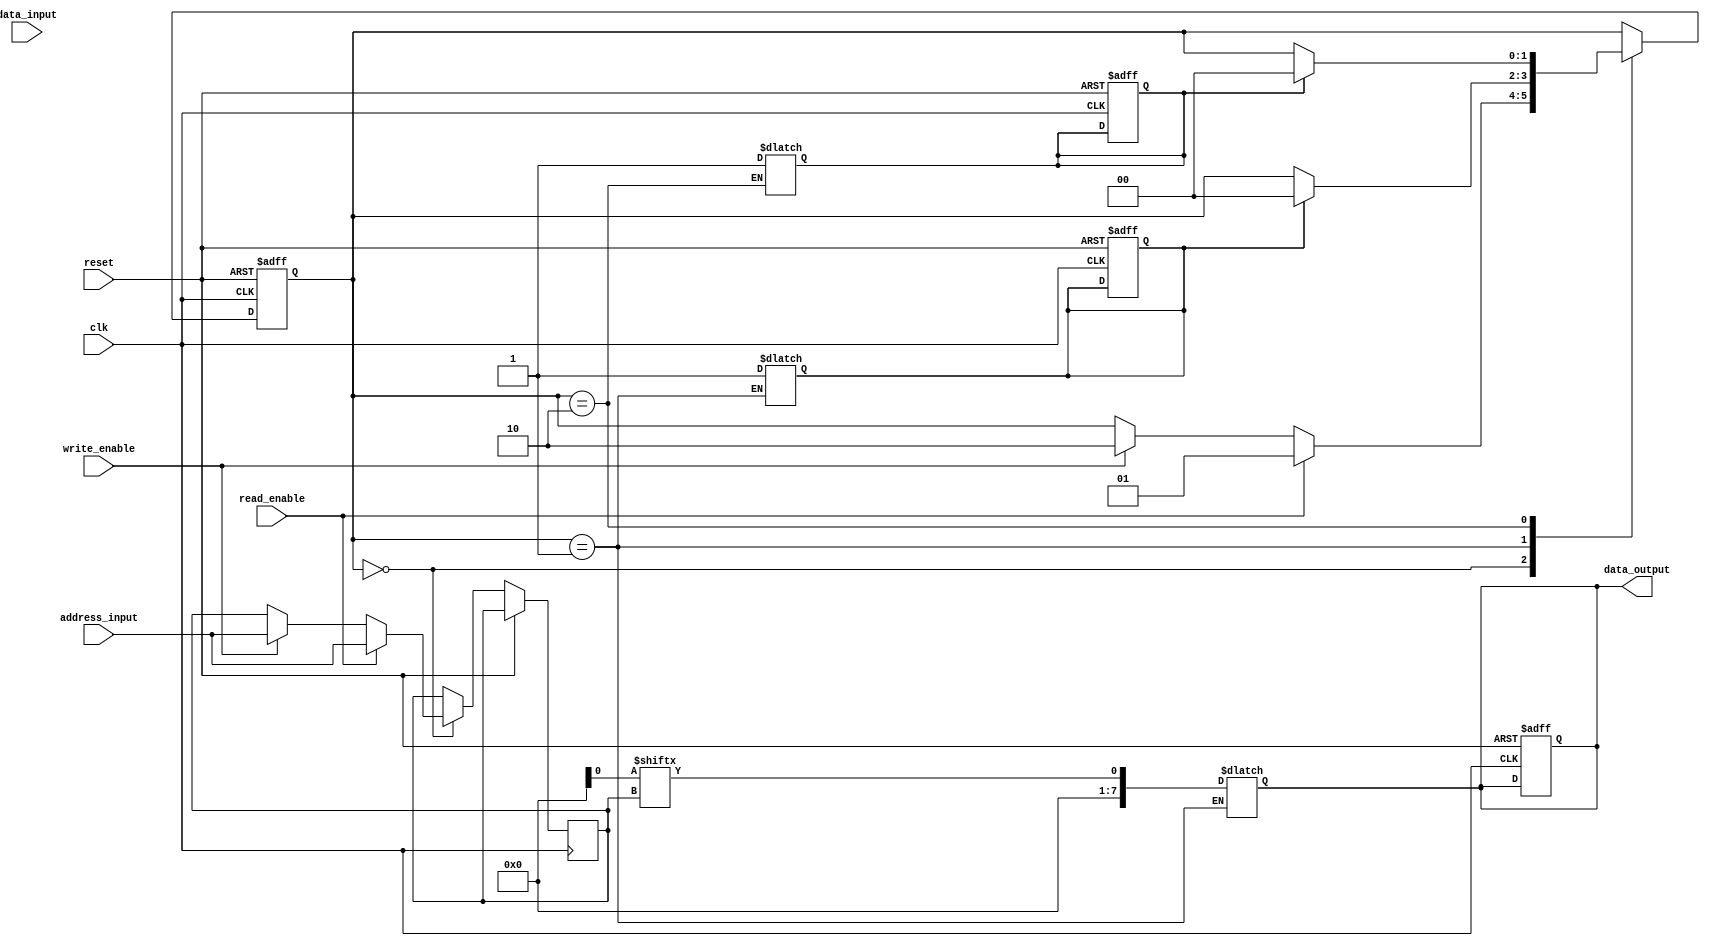
module DRAM(
    input wire clk,
    input wire reset,
    input wire read_enable,
    input wire write_enable,
    input wire [7:0] data_input,
    input wire [7:0] address_input,
    output reg [7:0] data_output
);

// Define states
parameter IDLE = 2'b00;
parameter READ = 2'b01;
parameter WRITE = 2'b10;

// Define registers
reg [7:0] address_reg;
reg [7:0] data_reg;

// Define control signals
reg [1:0] state;
reg read_done;
reg write_done;

always @(posedge clk or posedge reset)
begin
    if (reset)
    begin
        state <= IDLE;
        read_done <= 0;
        write_done <= 0;
        data_output <= 8'b0;
    end
    else
    begin
        case (state)
            IDLE: begin
                if (read_enable)
                begin
                    state <= READ;
                    address_reg <= address_input;
                end
                else if (write_enable)
                begin
                    state <= WRITE;
                    address_reg <= address_input;
                    data_reg <= data_input;
                end
            end
            READ: begin
                if (read_done)
                    state <= IDLE;
            end
            WRITE: begin
                if (write_done)
                    state <= IDLE;
            end
        endcase
    end
end

// Memory cell selection and operation
always @*
begin
    case (state)
        READ: begin
            // Memory cell selection logic
            // Read operation
            data_output <= memory_cell[address_reg];
            read_done <= 1;
        end
        WRITE: begin
            // Memory cell selection logic
            // Write operation
            memory_cell[address_reg] <= data_reg;
            write_done <= 1;
        end
    endcase
end

endmodule